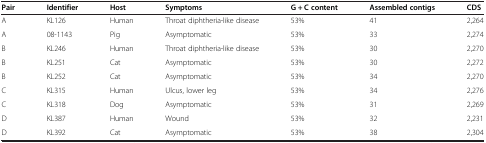
| Pair | Identifier | Host | Symptoms | G + C content | Assembled contigs | CDS |
 | --- | --- | --- | --- | --- | --- | --- |
 | A | KL126 | Human | Throat diphtheria-like disease | 53% | 41 | 2,264 |
 | A | 08-1143 | Pig | Asymptomatic | 53% | 33 | 2,274 |
 | B | KL246 | Human | Throat diphtheria-like disease | 53% | 30 | 2,270 |
 | B | KL251 | Cat | Asymptomatic | 53% | 30 | 2,272 |
 | B | KL252 | Cat | Asymptomatic | 53% | 34 | 2,270 |
 | C | KL315 | Human | Ulcus, lower leg | 53% | 34 | 2,276 |
 | C | KL318 | Dog | Asymptomatic | 53% | 31 | 2,269 |
 | D | KL387 | Human | Wound | 53% | 32 | 2,231 |
 | D | KL392 | Cat | Asymptomatic | 53% | 38 | 2,304 |